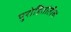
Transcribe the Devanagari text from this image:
पुरोहितांतील